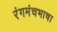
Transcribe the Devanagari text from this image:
रंगमंचभाषा